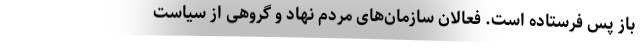
باز پس فرستاده است. فعالان سازمان‌های مردم نهاد و گروهی از سیاست‌